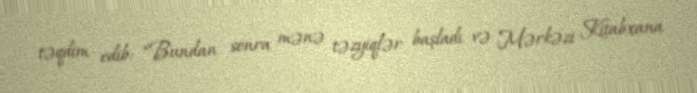
təqdim edib: “Bundan sonra mənə təzyiqlər başladı və Mərkəzi Kitabxana